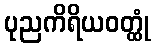
ပုညကိရိယဝတ္ထုံ